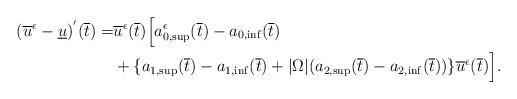
LaTeX: \begin{align*}(\overline{u}^\epsilon-\underline{u})^{'}(\overline{t})= &\overline{u}^\epsilon(\overline{t})\Big[a_{0,\sup}^\epsilon(\overline{t})-a_{0,\inf}(\overline{t})\\& +\{a_{1,\sup}(\overline{t})-a_{1,\inf}(\overline{t})+|\Omega|(a_{2,\sup}(\overline{t})-a_{2,\inf}(\overline{t}))\} \overline{u}^\epsilon(\overline{t})\Big].\end{align*}